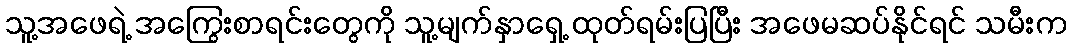
သူ့အဖေရဲ့ အကြွေးစာရင်းတွေကို သူ့မျက်နှာရှေ့ ထုတ်ရမ်းပြပြီး အဖေမဆပ်နိုင်ရင် သမီးက